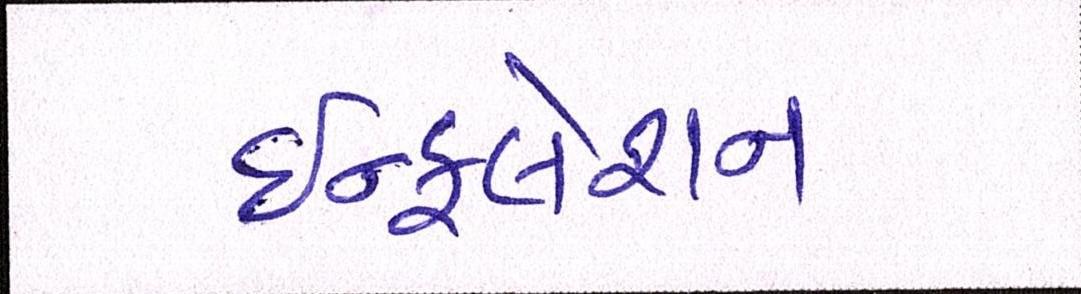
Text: ઇન્ફલેશન